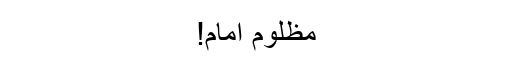
مظلوم اِمام!